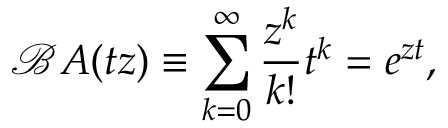
{ \mathcal { B } } A ( t z ) \equiv \sum _ { k = 0 } ^ { \infty } { \frac { z ^ { k } } { k ! } } t ^ { k } = e ^ { z t } ,